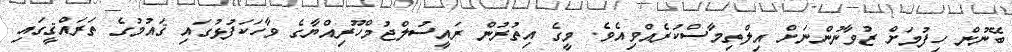
ބޭނުން ހިފުމަށް ޒުވާނުންނަށް އިލްތިމާސްކުރެއްވިއެވެ. މީގެ އިތުރުން ރައީސުލްޖުމްހޫރިއްޔާގެ ވާހަކަފުޅުގައި ޤައުމުގެ ތަރައްޤީގައި